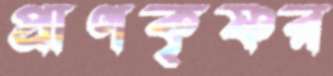
প্রাণকৃষ্ণর